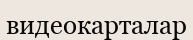
видеокарталар